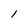
Character: l